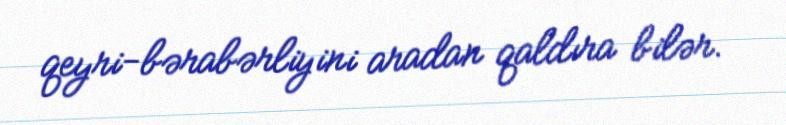
qeyri-bərabərliyini aradan qaldıra bilər.